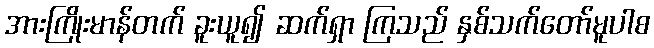
အားကြိုးမာန်တက် ခူးယူ၍ ဆက်ရှာ ကြသည် နှစ်သက်တော်မူပါစ